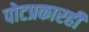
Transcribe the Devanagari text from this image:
पोटप्रकारही